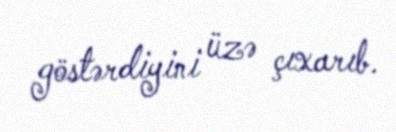
göstərdiyini üzə çıxarıb.